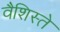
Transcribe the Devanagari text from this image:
वैशिस्ते